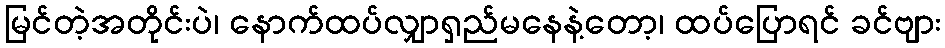
မြင်တဲ့အတိုင်းပဲ၊ နောက်ထပ်လျှာရှည်မနေနဲ့တော့၊ ထပ်ပြောရင် ခင်ဗျား